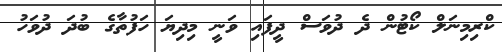
ކްރިމިނަލް ކޯޓުން ދެ ދުވަސް ދީފައި ވަނީ މިދިޔަ ހަފުތާގެ ބުދަ ދުވަހު